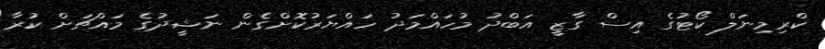
ކްރިމިނަލް ކޯޓުގެ އިސް ގާޒީ އަބްދު މުހައްމަދު ހައްޔަރުކޮށްގެން ނަޝީދުގެ މައްޗަށް ކުރާ